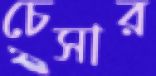
চেসার